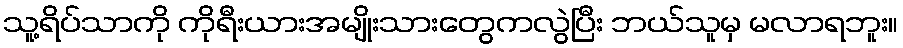
သူ့ရိပ်သာကို ကိုရီးယားအမျိုးသားတွေကလွဲပြီး ဘယ်သူမှ မလာရဘူး။